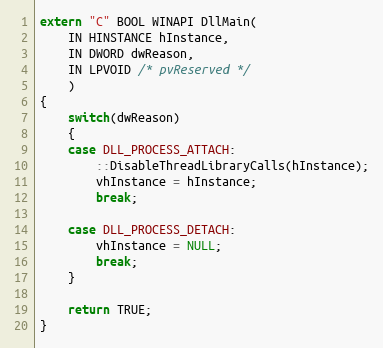
Language: C++
extern "C" BOOL WINAPI DllMain(
    IN HINSTANCE hInstance,
    IN DWORD dwReason,
    IN LPVOID /* pvReserved */
    )
{
    switch(dwReason)
    {
    case DLL_PROCESS_ATTACH:
        ::DisableThreadLibraryCalls(hInstance);
        vhInstance = hInstance;
        break;

    case DLL_PROCESS_DETACH:
        vhInstance = NULL;
        break;
    }

    return TRUE;
}